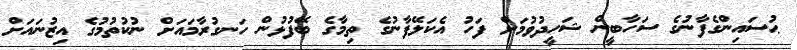
ޙުސައިންގެފާނުގެ ސަހާބީން ޝަހީދުވުމަށް ފަހު އެކަލޭފާނުގެ ތިމާގެ ބޭފުޅުން ހަނގުރާމައަށް ނުކުތުމުގެ އިޒުނައަށް